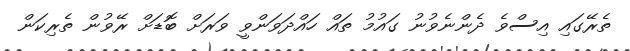
ތެރޭގައި އިސްވެ ދެންނެވުނު ގައުމު ތައް ހައްދަވަންވީ ވަރަށް ބޮޑަށް ރޭވުން ތެރިކަން